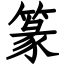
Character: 篆